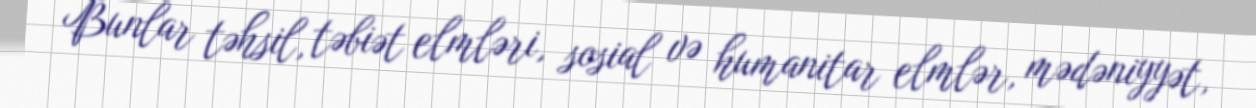
Bunlar təhsil, təbiət elmləri, sosial və humanitar elmlər, mədəniyyət,